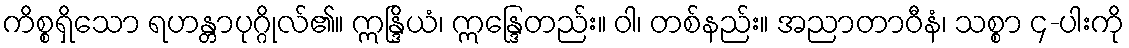
ကိစ္စရှိသော ရဟန္တာပုဂ္ဂိုလ်၏။ ဣန္ဒြိယံ၊ ဣန္ဒြေတည်း။ ဝါ၊ တစ်နည်း။ အညာတာဝီနံ၊ သစ္စာ ၄-ပါးကို